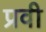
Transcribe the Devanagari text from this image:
प्रवी